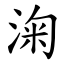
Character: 淗